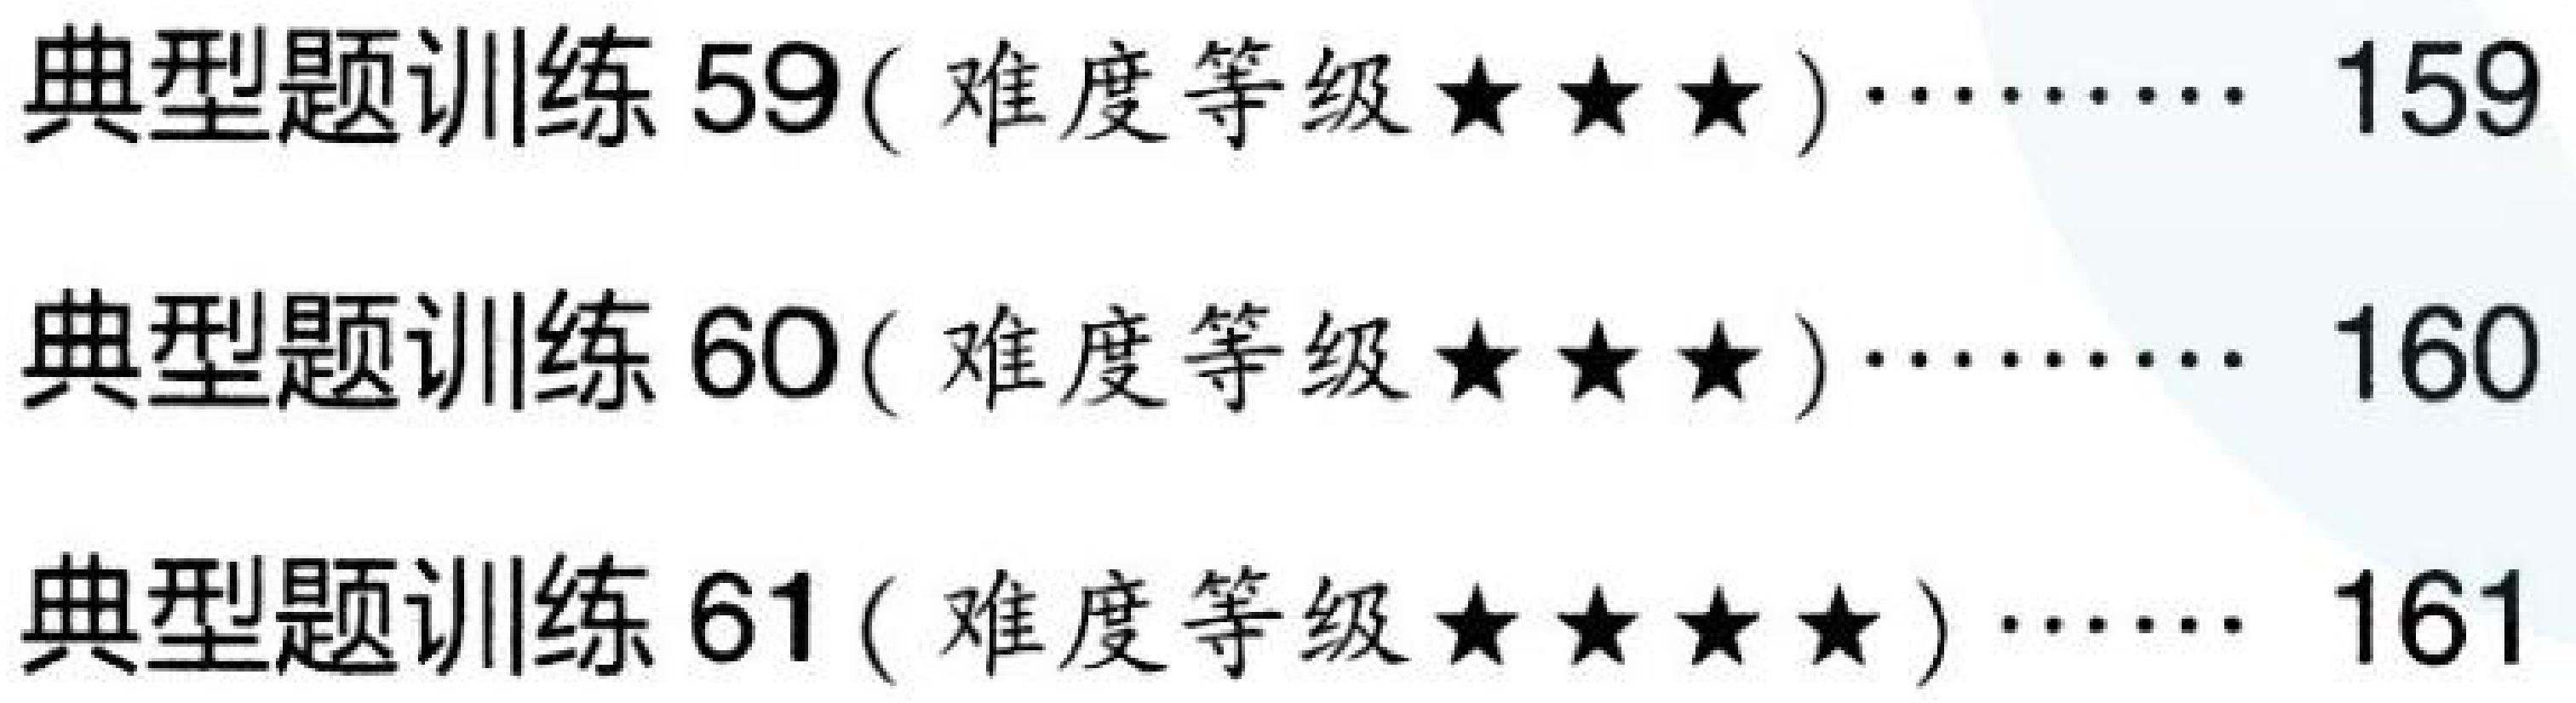
典型题训练 59( 难度等级$\star\star\star$)$\cdots\cdots$ 159\\
典型题训练 60( 难度等级$\star\star\star$)$\cdots\cdots$ 160\\
典型题训练 61( 难度等级$\star\star\star\star$)$\cdots\cdots$ 161